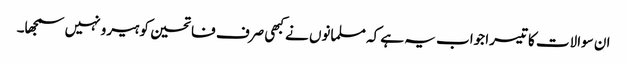
ان سوالات کا تیسرا جواب یہ ہے کہ مسلمانوں نے کبھی صرف فاتحین کو ہیرو نہیں سمجھا۔